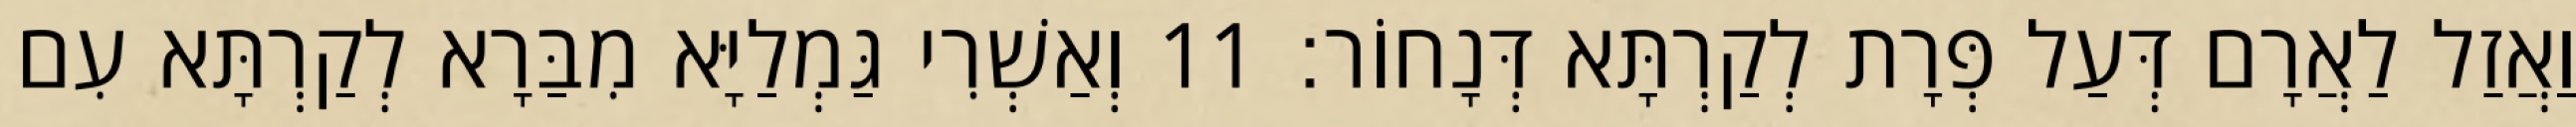
וַאֲזַל לַאֲרָם דְּעַל פְּרָת לְקַרְתָּא דְּנָחוֹר׃ 11 וְאַשְׁרִי גַּמְלַיָּא מִבַּרָא לְקַרְתָּא עִם